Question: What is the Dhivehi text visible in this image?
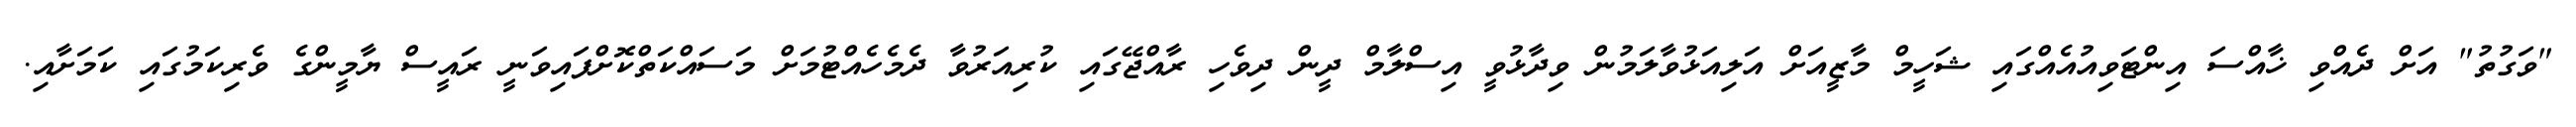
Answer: "ވަގުތު" އަށް ދެއްވި ޚާއްސަ އިންޓަވިއުއެއްގައި ޝަހީމް މާޒީއަށް އަލިއަޅުވާލަމުން ވިދާޅުވީ އިސްލާމް ދީން ދިވެހި ރާއްޖޭގައި ކުރިއަރުވާ ދެމެހެއްޓުމަށް މަސައްކަތްކޮށްފައިވަނީ ރައީސް ޔާމީންގެ ވެރިކަމުގައި ކަމަށާއި.